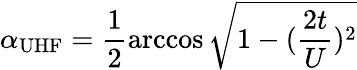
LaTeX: \alpha_{\textrm{UHF}}=\frac{1}{2}\operatorname{arccos}\sqrt{1-(\frac{2t}{U})^{2}}